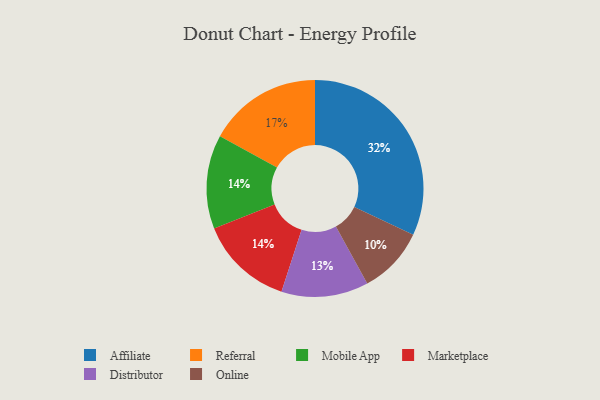
{"axis": {"x": "Category", "y": "Percentage"}, "legend": ["Affiliate", "Distributor", "Marketplace", "Mobile App", "Online", "Referral"], "data": [{"x": "Distributor", "y": 13, "type": "Distributor"}, {"x": "Online", "y": 10, "type": "Online"}, {"x": "Mobile App", "y": 14, "type": "Mobile App"}, {"x": "Marketplace", "y": 14, "type": "Marketplace"}, {"x": "Referral", "y": 17, "type": "Referral"}, {"x": "Affiliate", "y": 32, "type": "Affiliate"}]}